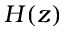
H ( z )